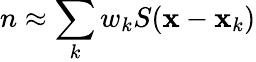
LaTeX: n\approx\sum_{k}w_{k}S({\mathbf x}-{\mathbf x}_{k})